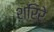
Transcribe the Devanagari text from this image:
शरिरे